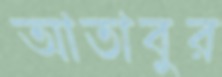
আতাবুর